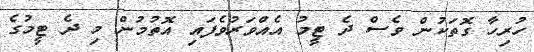
ހުރިހާ ގޮތަކުން ވެސް ދެ ޓީމު އެއްވަރުވެފައި އޮތުމުން މި ދެ ޓީމުގެ